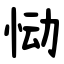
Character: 恸